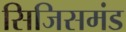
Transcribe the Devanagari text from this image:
सिजिसमंड